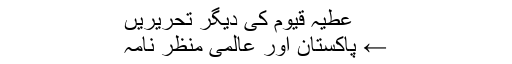
عطیہ قیوم کی دیگر تحریریں
← پاکستان اور عالمی منظر نامہ